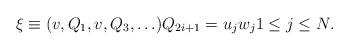
LaTeX: \begin{align*} \xi \equiv (v, Q_1, v, Q_3, \ldots ) Q_{2i+1} = u_j w_j 1 \leq j \leq N.\end{align*}